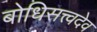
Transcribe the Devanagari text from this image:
बोधिसत्त्वदेव